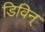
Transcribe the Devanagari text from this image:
डिविन्